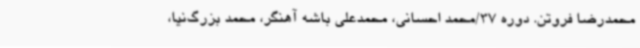
محمدرضا فروتن. دوره 37/محمد احسانی، محمدعلی باشه آهنگر، محمد بزرگ‌نیا،